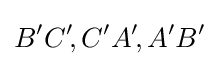
B'C'\!,C'A'\!,A'B'\!